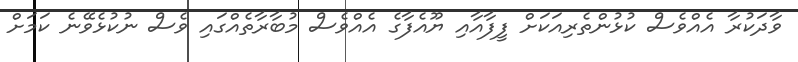
ވާދަކުރާ އެއްވެސް ކުޅުންތެރިއަކަށް ފީފާއާއި ޔޫއެފާގެ އެއްވެސް މުބާރާތެއްގައި ވެސް ނުކުޅެވޭނެ ކަމަށް